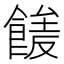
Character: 𩝘